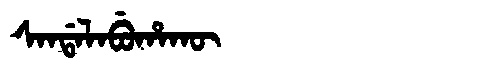
Manchu: ᠰᠠᠨᡩᠠᠯᠠᠪᡠᡥᠠᡴᡡ
Romanization: SANDALABUHAKŪ